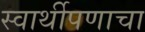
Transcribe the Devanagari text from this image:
स्वार्थीपणाचा